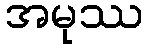
အမုဿ